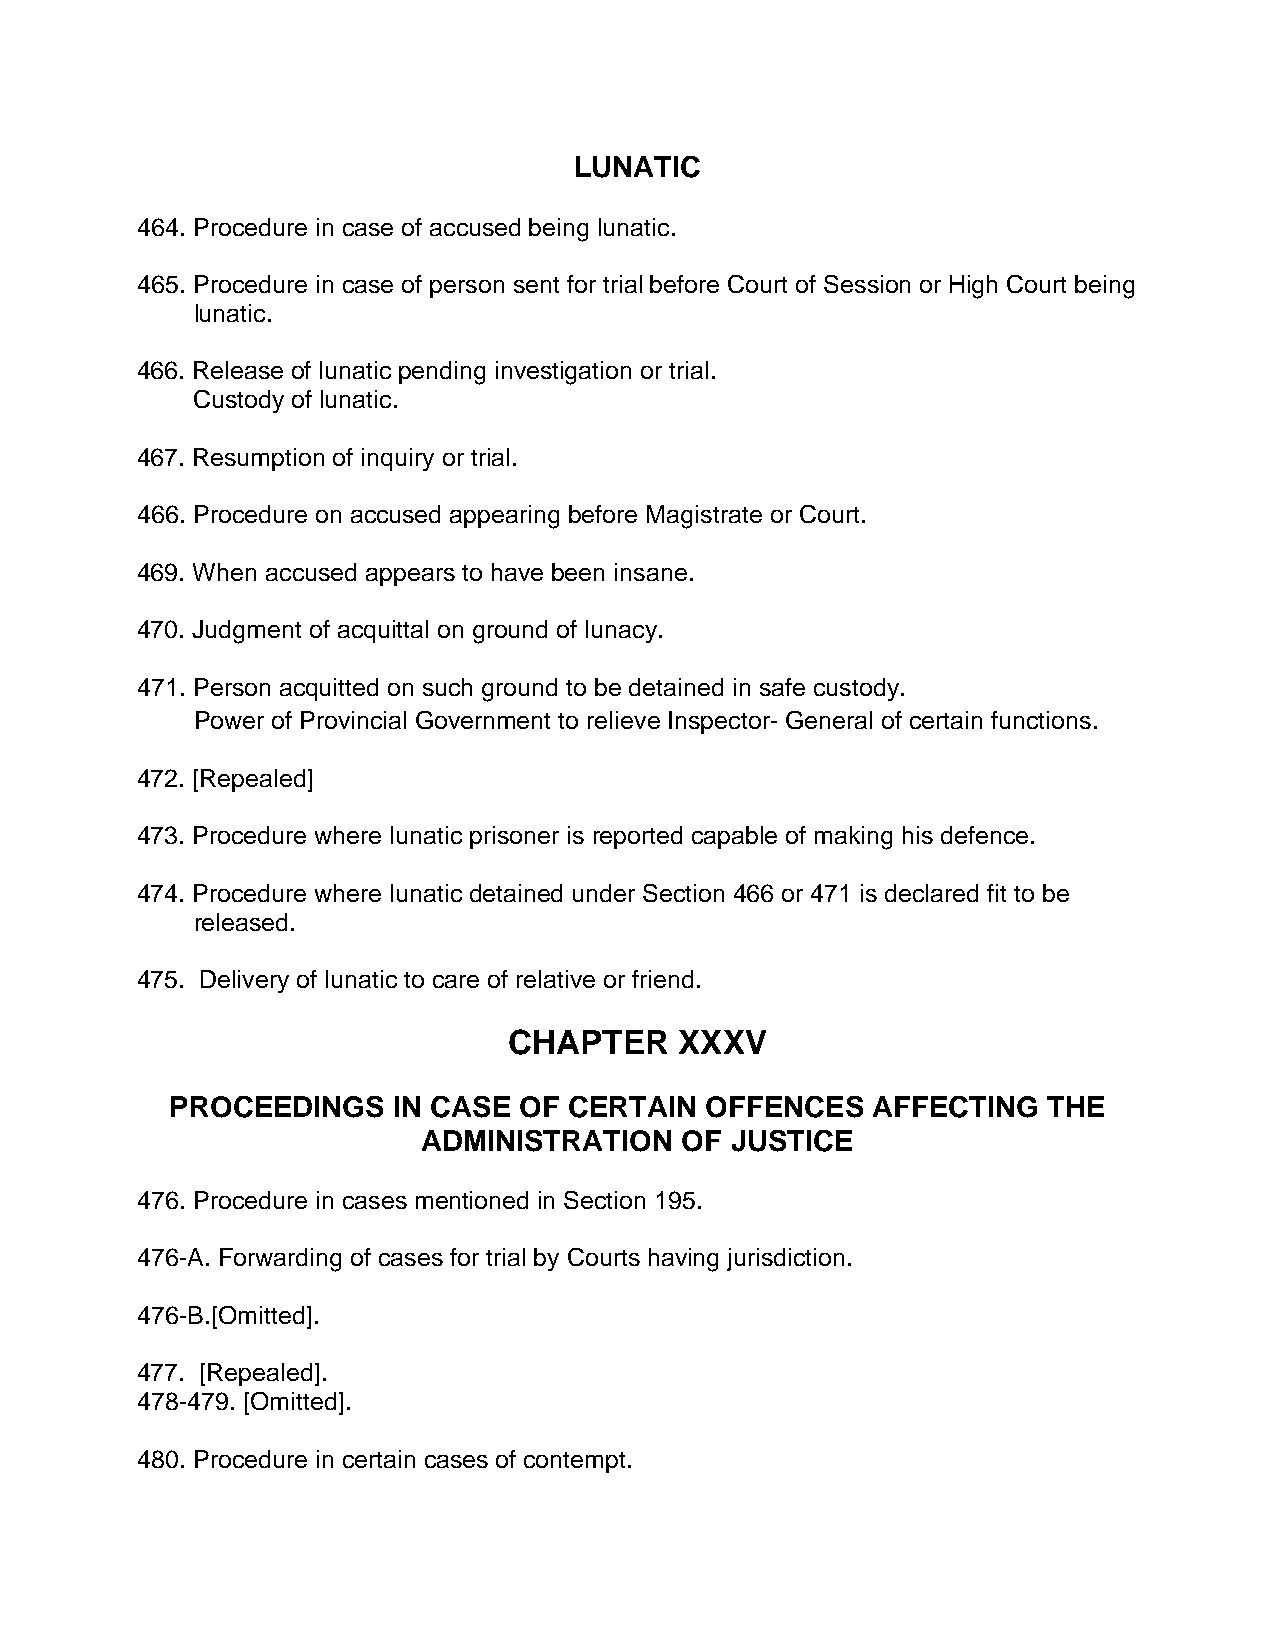
LUNATIC
 464. Procedure in case of accused being lunatic.
 465. Procedure in case of person sent for trial before Court of Session or High Court being
 lunatic.
 466. Release of lunatic pending investigation or trial.
 Custody of lunatic.
 467. Resumption of inquiry or trial.
 466. Procedure on accused appearing before Magistrate or Court.
 469. When accused appears to have been insane.
 470. Judgment of acquittal on ground of lunacy.
 471. Person acquitted on such ground to be detained in safe custody.
 Power of Provincial Government to relieve Inspector- General of certain functions.
 472. [Repealed]
 473. Procedure where lunatic prisoner is reported capable of making his defence.
 474. Procedure where lunatic detained under Section 466 or 471 is declared fit to be
 released.
 475. Delivery of lunatic to care of relative or friend.
 CHAPTER    XXXV
 PROCEEDINGS    IN CASE OF  CERTAIN  OFFENCES   AFFECTING  THE
 ADMINISTRATION   OF JUSTICE
 476. Procedure in cases mentioned in Section 195.
 476-A. Forwarding of cases for trial by Courts having jurisdiction.
 476-B.[Omitted].
 477. [Repealed].
 478-479. [Omitted].
 480. Procedure in certain cases of contempt.